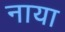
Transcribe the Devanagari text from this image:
नाया